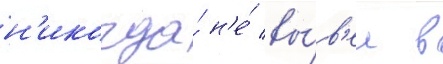
н'икогда́ н'е́ вы́в'ел в